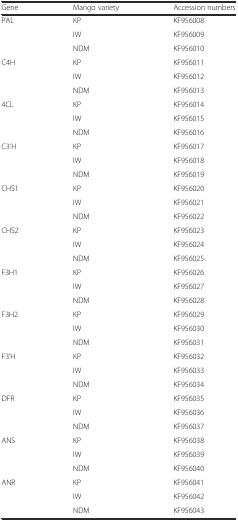
| Gene | Mango variety | Accession numbers |
 | --- | --- | --- |
 | <ROWSPAN=3> PAL | KP | KF956008 |
 | IW | KF956009 |
 | NDM | KF956010 |
 | <ROWSPAN=3> C4H | KP | KF956011 |
 | IW | KF956012 |
 | NDM | KF956013 |
 | <ROWSPAN=3> 4CL | KP | KF956014 |
 | IW | KF956015 |
 | NDM | KF956016 |
 | <ROWSPAN=3> C3’H | KP | KF956017 |
 | IW | KF956018 |
 | NDM | KF956019 |
 | <ROWSPAN=3> CHS1 | KP | KF956020 |
 | IW | KF956021 |
 | NDM | KF956022 |
 | <ROWSPAN=3> CHS2 | KP | KF956023 |
 | IW | KF956024 |
 | NDM | KF956025 |
 | <ROWSPAN=3> F3H1 | KP | KF956026 |
 | IW | KF956027 |
 | NDM | KF956028 |
 | <ROWSPAN=3> F3H2 | KP | KF956029 |
 | IW | KF956030 |
 | NDM | KF956031 |
 | <ROWSPAN=3> F3’H | KP | KF956032 |
 | IW | KF956033 |
 | NDM | KF956034 |
 | <ROWSPAN=3> DFR | KP | KF956035 |
 | IW | KF956036 |
 | NDM | KF956037 |
 | <ROWSPAN=3> ANS | KP | KF956038 |
 | IW | KF956039 |
 | NDM | KF956040 |
 | <ROWSPAN=3> ANR | KP | KF956041 |
 | IW | KF956042 |
 | NDM | KF956043 |